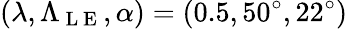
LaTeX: (\lambda,\Lambda_{\mathrm{~L~E~}},\alpha)=(0.5,50^{\circ},22^{\circ})